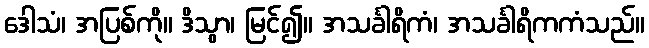
ဒေါသံ၊ အပြစ်ကို။ ဒိသွာ၊ မြင်၍။ အသင်္ခါရိကံ၊ အသင်္ခါရိကကံသည်။